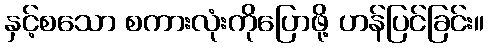
နှင့်စသော စကားလုံးကိုပြောဖို့ ဟန်ပြင်ခြင်း။